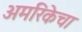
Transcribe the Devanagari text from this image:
अमरिकेचा